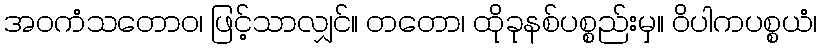
အဝကံသတောဝ၊ ဖြင့်သာလျှင်။ တတော၊ ထိုခုနစ်ပစ္စည်းမှ။ ဝိပါကပစ္စယံ၊